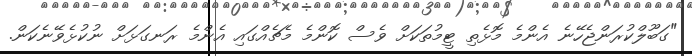
"ގަބޫލްކުރަންޖެހޭނެ އެންމެ މޮޅެތި ޓީމުތަކަށް ވެސް ކޮންމެ މެޗެއްގައި އެންމެ ރަނގަޅަށް ނުކުޅެވޭނެކަން.